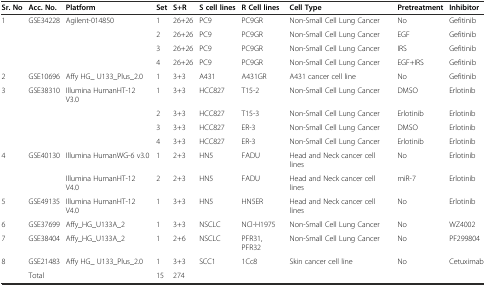
<table><thead><tr><td><b>Sr. No</b></td><td><b>Acc. No.</b></td><td><b>Platform</b></td><td><b>Set</b></td><td><b>S+R</b></td><td><b>S cell lines</b></td><td><b>R Cell lines</b></td><td><b>Cell Type</b></td><td><b>Pretreatment</b></td><td><b>Inhibitor</b></td></tr></thead><tbody><tr><td>1</td><td>GSE34228</td><td>Agilent-014850</td><td>1</td><td>26+26</td><td>PC9</td><td>PC9GR</td><td>Non-Small Cell Lung Cancer</td><td>No</td><td>Gefitinib</td></tr><tr><td></td><td></td><td></td><td>2</td><td>26+26</td><td>PC9</td><td>PC9GR</td><td>Non-Small Cell Lung Cancer</td><td>EGF</td><td>Gefitinib</td></tr><tr><td></td><td></td><td></td><td>3</td><td>26+26</td><td>PC9</td><td>PC9GR</td><td>Non-Small Cell Lung Cancer</td><td>IRS</td><td>Gefitinib</td></tr><tr><td></td><td></td><td></td><td>4</td><td>26+26</td><td>PC9</td><td>PC9GR</td><td>Non-Small Cell Lung Cancer</td><td>EGF+IRS</td><td>Gefitinib</td></tr><tr><td>2</td><td>GSE10696</td><td>Affy HG_ U133_Plus_2.0</td><td>1</td><td>3+3</td><td>A431</td><td>A431GR</td><td>A431 cancer cell line</td><td>No</td><td>Gefitinib</td></tr><tr><td>3</td><td>GSE38310</td><td>Illumina HumanHT-12 V3.0</td><td>1</td><td>3+3</td><td>HCC827</td><td>T15-2</td><td>Non-Small Cell Lung Cancer</td><td>DMSO</td><td>Erlotinib</td></tr><tr><td></td><td></td><td></td><td>2</td><td>3+3</td><td>HCC827</td><td>T15-3</td><td>Non-Small Cell Lung Cancer</td><td>Erlotinib</td><td>Erlotinib</td></tr><tr><td></td><td></td><td></td><td>3</td><td>3+3</td><td>HCC827</td><td>ER-3</td><td>Non-Small Cell Lung Cancer</td><td>DMSO</td><td>Erlotinib</td></tr><tr><td></td><td></td><td></td><td>4</td><td>3+3</td><td>HCC827</td><td>ER-3</td><td>Non-Small Cell Lung Cancer</td><td>Erlotinib</td><td>Erlotinib</td></tr><tr><td>4</td><td>GSE40130</td><td>Illumina HumanWG-6 v3.0</td><td>1</td><td>2+3</td><td>HN5</td><td>FADU</td><td>Head and Neck cancer cell lines</td><td>No</td><td>Erlotinib</td></tr><tr><td></td><td></td><td>Illumina HumanHT-12 V4.0</td><td>2</td><td>2+3</td><td>HN5</td><td>FADU</td><td>Head and Neck cancer cell lines</td><td>miR-7</td><td>Erlotinib</td></tr><tr><td>5</td><td>GSE49135</td><td>Illumina HumanHT-12 V4.0</td><td>1</td><td>3+3</td><td>HN5</td><td>HN5ER</td><td>Head and Neck cancer cell lines</td><td>No</td><td>Erlotinib</td></tr><tr><td>6</td><td>GSE37699</td><td>Affy_HG_U133A_2</td><td>1</td><td>3+3</td><td>NSCLC</td><td>NCl-H1975</td><td>Non-Small Cell Lung Cancer</td><td>No</td><td>WZ4002</td></tr><tr><td>7</td><td>GSE38404</td><td>Affy_HG_U133A_2</td><td>1</td><td>2+6</td><td>NSCLC</td><td>PFR31, PFR32</td><td>Non-Small Cell Lung Cancer</td><td>No</td><td>PF299804</td></tr><tr><td>8</td><td>GSE21483</td><td>Affy HG_ U133_Plus_2.0</td><td>1</td><td>3+3</td><td>SCC1</td><td>1Cc8</td><td>Skin cancer cell line</td><td>No</td><td>Cetuximab</td></tr><tr><td></td><td>Total</td><td></td><td>15</td><td>274</td><td></td><td></td><td></td><td></td><td></td></tr></tbody></table>